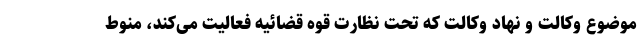
موضوع وکالت و نهاد وکالت که تحت نظارت قوه قضائیه فعالیت می‌کند، منوط